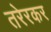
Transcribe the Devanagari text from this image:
तरेरकर